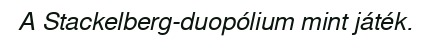
A Stackelberg-duopólium mint játék.